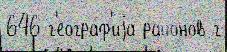
646 г'еогра́ф'иjа райо́нов г